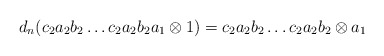
\begin{align*}d_n(c_2a_2b_2 \dots c_2a_2b_2a_1 \otimes 1) = c_2a_2b_2 \dots c_2a_2b_2 \otimes a_1\end{align*}